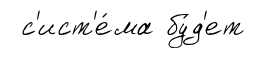
с'ист'е́ма бу́д'ет